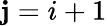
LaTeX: \mathbf{j}=i+1